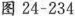
图 24-234